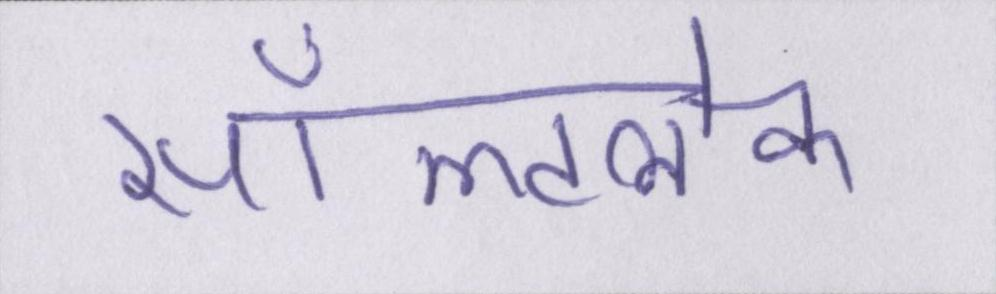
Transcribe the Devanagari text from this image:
सॉल्टलेक